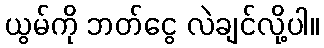
ယွမ်ကို ဘတ်ငွေ လဲချင်လို့ပါ။